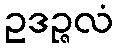
ဥဒဉ္ဇလံ